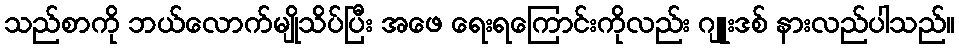
သည်စာကို ဘယ်လောက်မျိုသိပ်ပြီး အဖေ ရေးရကြောင်းကိုလည်း ဂျူးဒစ် နားလည်ပါသည်။